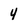
Character: 4